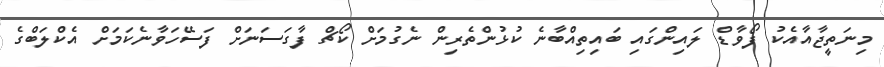
މިނަތީޖާއާއެކު ފޯވާޑް ލައިންގައި ބައިތިއްބާނެ ކުޅުންތެރިން ނެގުމަށް ކޯޗް ފާގަސަނަށް ފަސޭހަވާނެކަމަށް އެކްލަބްގެ